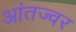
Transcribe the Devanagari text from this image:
आंतज्वर